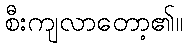
စီးကျလာတော့၏။